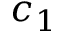
c _ { 1 }